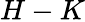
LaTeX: H-K